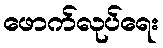
ဖောက်လုပ်ရေး